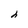
Character: h